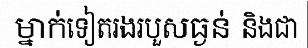
ម្នាក់ទៀតរងរបួសធ្ងន់ និងជា